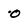
Character: o